Leaving Certificate Examination (including Day School Certificate (Higher) General paper), 1933
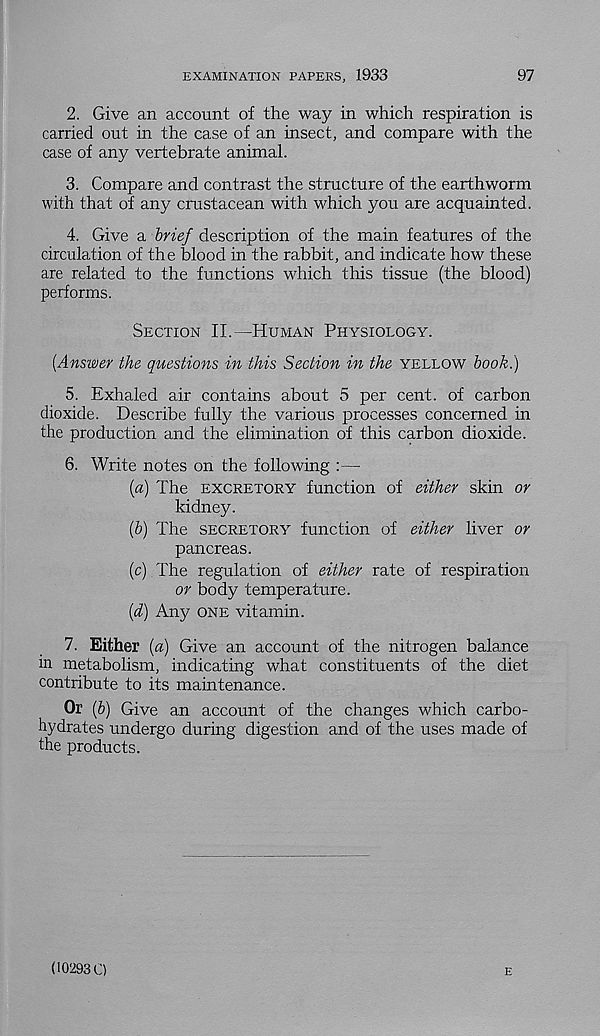
EXAMINATION PAPERS, 1933
97
2. Give an account of the way in which respiration is
carried out in the case of an insect, and compare with the
case of any vertebrate animal.
3. Compare and contrast the structure of the earthworm
with that of any crustacean with which you are acquainted.
4. Give a brief description of the main features of the
circulation of the blood in the rabbit, and indicate how these
are related to the functions which this tissue (the blood)
performs.
Section II.—Human Physiology.
[Answer the questions in this Section in the yellow book.)
5. Exhaled air contains about 5 per cent, of carbon
dioxide. Describe fully the various processes concerned in
the production and the elimination of this carbon dioxide.
6. Write notes on the following :—
[a) The excretory function of either skin or
kidney.
[b) The secretory function of either liver or
pancreas.
[c) The regulation of either rate of respiration
or body temperature.
[d) Any one vitamin.
7. Either [a) Give an account of the nitrogen balance
in metabolism, indicating what constituents of the diet
contribute to its maintenance.
Or [b] Give an account of the changes which carbo-
hydrates undergo during; digestion and of the uses made of
the products.
(10293 C)
E